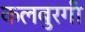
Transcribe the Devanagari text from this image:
कलबुरगी